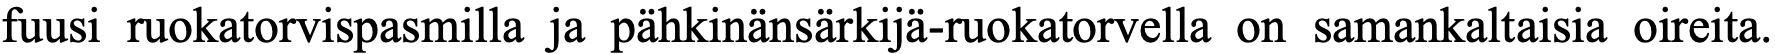
fuusi ruokatorvispasmilla ja pähkinänsärkijä-ruokatorvella on samankaltaisia oireita.